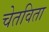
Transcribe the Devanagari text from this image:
चेतविता